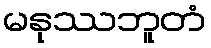
မနုဿဘူတံ